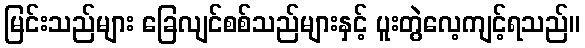
မြင်းသည်များ ခြေလျင်စစ်သည်များနှင့် ပူးတွဲလေ့ကျင့်ရသည်။